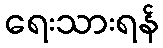
ရေးသားရန်